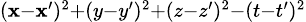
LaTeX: \scriptstyle(\mathbf{x}-\mathbf{x}^{\prime})^{2}+(y-y^{\prime})^{2}+(z-z^{\prime})^{2}-(t-t^{\prime})^{2}